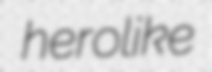
herolike